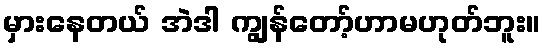
မှားနေတယ် အဲဒါ ကျွန်တော့်ဟာမဟုတ်ဘူး။